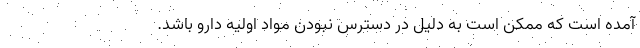
آمده است که ممکن است به دلیل در دسترس نبودن مواد اولیه دارو باشد.